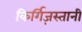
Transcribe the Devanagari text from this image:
किर्गिज़स्तानी